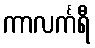
ကာလင်္ကရီ